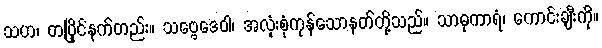
သဟ၊ တပြိုင်နက်တည်း။ သဗ္ဗေဒေဝါ၊ အလုံးစုံကုန်သောနတ်တို့သည်။ သာဓုကာရံ၊ ကောင်းချီးကို။